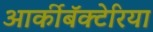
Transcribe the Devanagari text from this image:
आर्कीबॅक्टेरिया